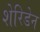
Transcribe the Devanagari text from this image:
शेरिडेन